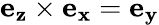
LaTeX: \mathbf{e_{z}}\times\mathbf{e_{x}}=\mathbf{e_{y}}